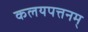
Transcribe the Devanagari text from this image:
कलयपत्तनम्